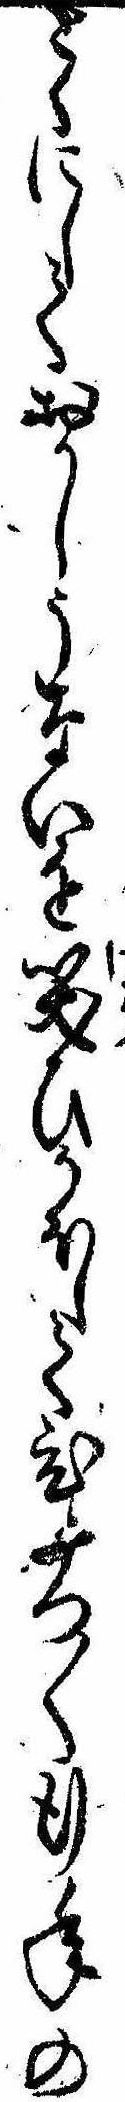
とくにしておかしうないを笑ひかほしてひつ〱行年の